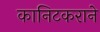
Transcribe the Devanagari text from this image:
कानिटकराने